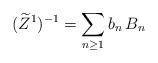
LaTeX: \begin{align*}(\widetilde Z^1)^{-1} = \sum_{n\ge 1} b_n\, B_n\end{align*}